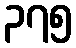
၃၇၅